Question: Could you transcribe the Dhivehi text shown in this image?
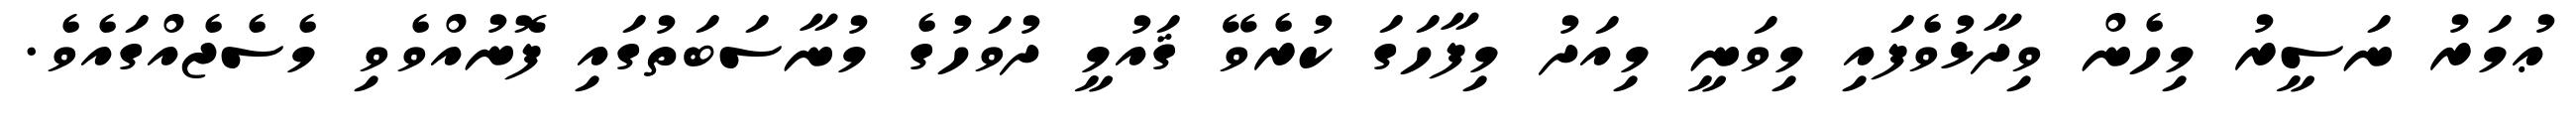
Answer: ޢުމަރު ނަސީރު މިހެން ވިދާޅުވެފައި މިވަނީ މިއަދު މިފާހަގަ ކުރެވޭ ޤައުމީ ދުވަހުގެ މުނާސަބަތުގައި ފޮނުއްވެވި މެސެޖެއްގައެވެ.